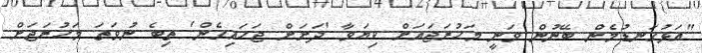
"އަޅުގަނޑުމެން ބޭނުން ވަނީ މަހުރަޖައަށް ކިޔަވާ 'ދަށަށް ޖަހައިގެން' ތިބެ ނުވަތަ މަހުރަޖަށް